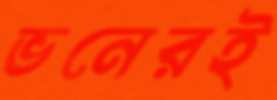
ভনেরই